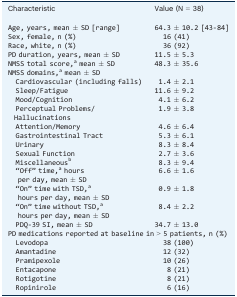
| Characteristic | Value (N = 38) |
 | --- | --- |
 | Age, years, mean ± SD [range] | 64.3 ± 10.2 [43‐84] |
 | Sex, female, n (%) | 16 (41) |
 | Race, white, n (%) | 36 (92) |
 | PD duration, years, mean ± SD | 11.5 ± 5.3 |
 | NMSS total score,a mean ± SD | 48.3 ± 35.6 |
 | <COLSPAN=2> NMSS domains,a mean ± SD |
 | Cardiovascular (including falls) | 1.4 ± 2.1 |
 | Sleep/Fatigue | 11.6 ± 9.2 |
 | Mood/Cognition | 4.1 ± 6.2 |
 | Perceptual Problems/Hallucinations | 1.9 ± 3.8 |
 | Attention/Memory | 4.6 ± 6.4 |
 | Gastrointestinal Tract | 5.3 ± 6.1 |
 | Urinary | 8.3 ± 8.4 |
 | Sexual Function | 2.7 ± 3.6 |
 | Miscellaneousb | 8.3 ± 9.4 |
 | “Off” time,a hours per day, mean ± SD | 6.6 ± 1.6 |
 | “On” time with TSD,a hours per day, mean ± SD | 0.9 ± 1.8 |
 | “On” time without TSD,a hours per day, mean ± SD | 8.4 ± 2.2 |
 | PDQ‐39 SI, mean ± SD | 34.7 ± 13.0 |
 | <COLSPAN=2> PD medications reported at baseline in > 5 patients, n (%) |
 | Levodopa | 38 (100) |
 | Amantadine | 12 (32) |
 | Pramipexole | 10 (26) |
 | Entacapone | 8 (21) |
 | Rotigotine | 8 (21) |
 | Ropinirole | 6 (16) |